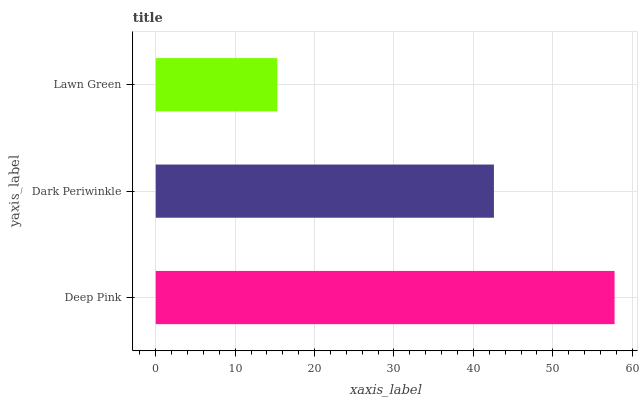
| yaxis_label | bars |
 | --- | --- |
 | Deep Pink | 57.8 |
 | Dark Periwinkle | 42.6 |
 | Lawn Green | 15.3 |